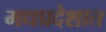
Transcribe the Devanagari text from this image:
मधप्रदेशात